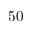
5 0